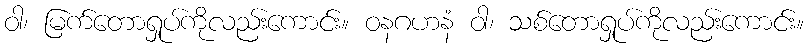
ဝါ၊ မြက်တောရှုပ်ကိုလည်းကောင်း။ ဝနဂဟနံ ဝါ၊ သစ်တောရှုပ်ကိုလည်းကောင်း။